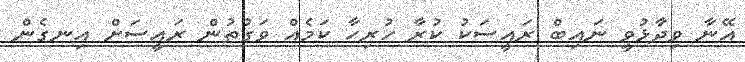
އޭނާ ވިދާޅުވީ ނައިބް ރައީސަކު ކުރާ ހުރިހާ ކަމެއް ވަގުތުން ރައީސަށް އިނގެން